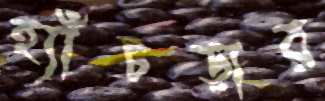
হ্যাঁচড়ার